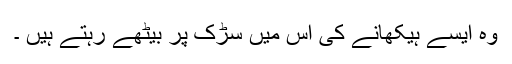
وہ ایسے ہیکھانے کی آس میں سڑک پر بیٹھے رہتے ہیں ۔